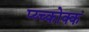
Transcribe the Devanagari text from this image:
प्य्च्कोक्क